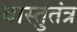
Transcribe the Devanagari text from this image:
वास्तुतंत्र